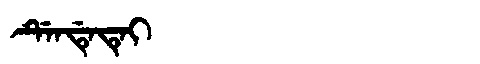
Manchu: ᡩᡝᠨᡩᡝᡨᡝᡳ
Romanization: DENDETEI